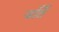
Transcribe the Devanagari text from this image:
वर्ति